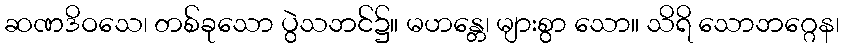
ဆဏဒိဝသေ၊ တစ်ခုသော ပွဲသဘင်၌။ မဟန္တေ၊ များစွာ သော။ သိရိ သောဘဂ္ဂေန၊